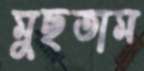
মুছতাম